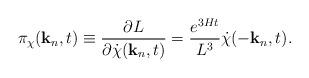
LaTeX: \begin{align*}\pi_{\chi}({\bf k}_n,t) \equiv\frac{\partial L}{\partial {\dot \chi}({\bf k}_n,t)}=\frac{e^{3Ht}}{L^3} {\dot \chi}(-{\bf k}_n,t).\end{align*}